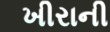
ખીરાની